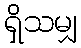
ရှိသမျှ